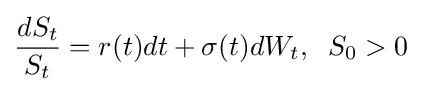
{\frac {dS_{t}}{S_{t}}}=r(t)dt+\sigma (t)dW_{t},\;\;S_{0}>0